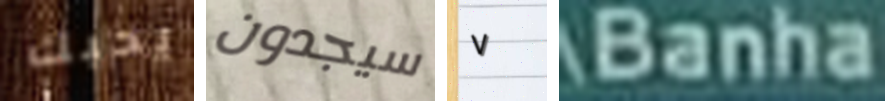
يحبك سيجدون ٧ Banha